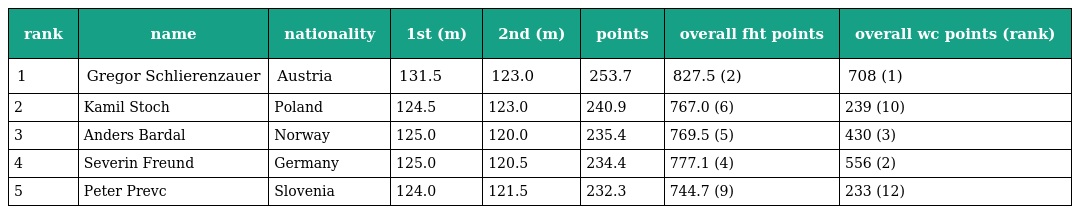
| rank | name | nationality | 1st (m) | 2nd (m) | points | overall fht points | overall wc points (rank) |
 | --- | --- | --- | --- | --- | --- | --- | --- |
 | 1 | Gregor Schlierenzauer | Austria | 131.5 | 123.0 | 253.7 | 827.5 (2) | 708 (1) |
 | 2 | Kamil Stoch | Poland | 124.5 | 123.0 | 240.9 | 767.0 (6) | 239 (10) |
 | 3 | Anders Bardal | Norway | 125.0 | 120.0 | 235.4 | 769.5 (5) | 430 (3) |
 | 4 | Severin Freund | Germany | 125.0 | 120.5 | 234.4 | 777.1 (4) | 556 (2) |
 | 5 | Peter Prevc | Slovenia | 124.0 | 121.5 | 232.3 | 744.7 (9) | 233 (12) |